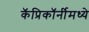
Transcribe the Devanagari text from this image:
कॅप्रिकॉर्नीमध्ये